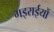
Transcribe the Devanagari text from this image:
गइराईयों